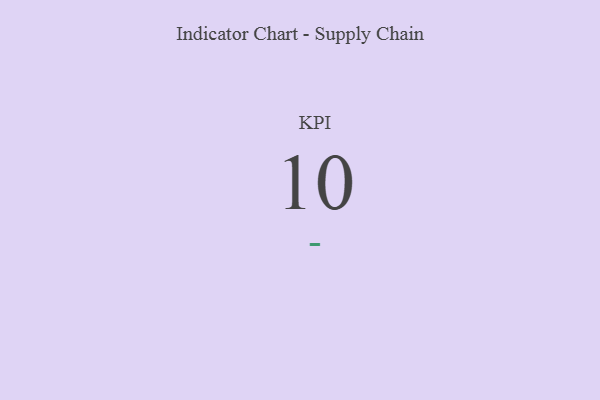
{"axis": {"x": "KPI", "y": "Value"}, "legend": [""], "data": [{"x": "KPI", "y": 10, "type": ""}]}